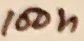
Text: 100n